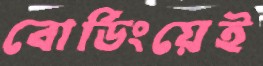
বোর্ডিংয়েই